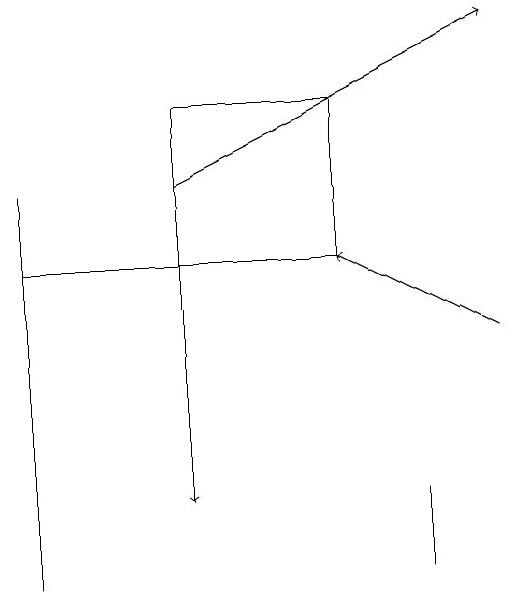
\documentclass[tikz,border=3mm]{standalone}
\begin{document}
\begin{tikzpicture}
\draw (0,10) rectangle (0,15);
\draw[->] (6,13) -- (4,14);
\draw (2,16) rectangle (4,14);
\draw (0,14) rectangle (4,14);
\draw (5,10) rectangle (5,11);
\draw[->] (2,15) -- (6,17);
\draw[->] (2,16) -- (2,11);
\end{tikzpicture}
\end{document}